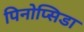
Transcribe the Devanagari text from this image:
पिनोप्सिडा